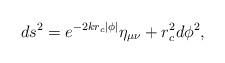
LaTeX: \begin{align*}ds^2 = e^{-2kr_c \left|\phi\right|}\eta_{\mu\nu} +r_c ^2 d\phi ^2 ,\end{align*}